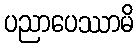
ပညာပေဿာမိ